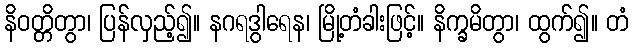
နိဝတ္တိတွာ၊ ပြန်လှည့်၍။ နဂရဒွါရေန၊ မြို့တံခါးဖြင့်။ နိက္ခမိတွာ၊ ထွက်၍။ တံ